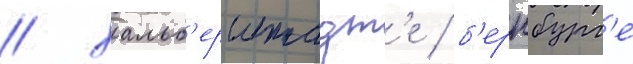
/ хальб'ерштадт'е / б'ернбург'е